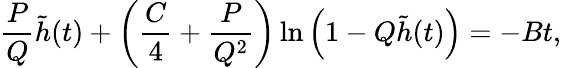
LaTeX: \frac{P}{Q}\tilde{h}(t)+\left(\frac{C}{4}+\frac{P}{Q^{2}}\right)\ln\Big(1-Q\tilde{h}(t)\Big)=-Bt,